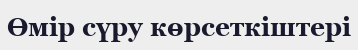
Өмір сүру көрсеткіштері